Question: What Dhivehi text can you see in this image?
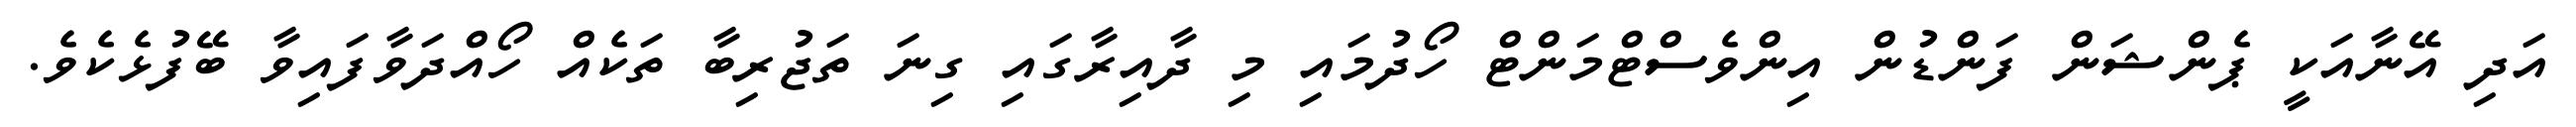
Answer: އަދި އޭނާއަކީ ޕެންޝަން ފަންޑުން އިންވެސްޓްމަންޓް ހޯދުމައި މި ދާއިރާގައި ގިނަ ތަޖުރިބާ ތަކެއް ހޯއްދަވާފައިވާ ބޭފުޅެކެވެ.